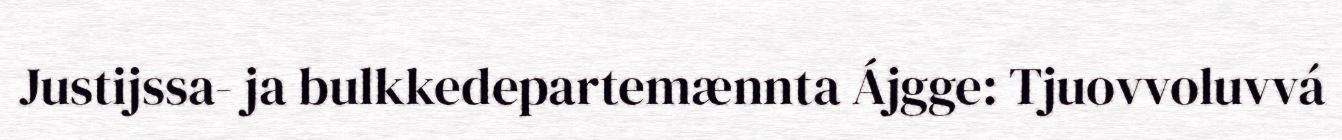
Justijssa- ja bulkkedepartemænnta Ájgge: Tjuovvoluvvá